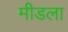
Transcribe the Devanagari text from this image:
मीडला